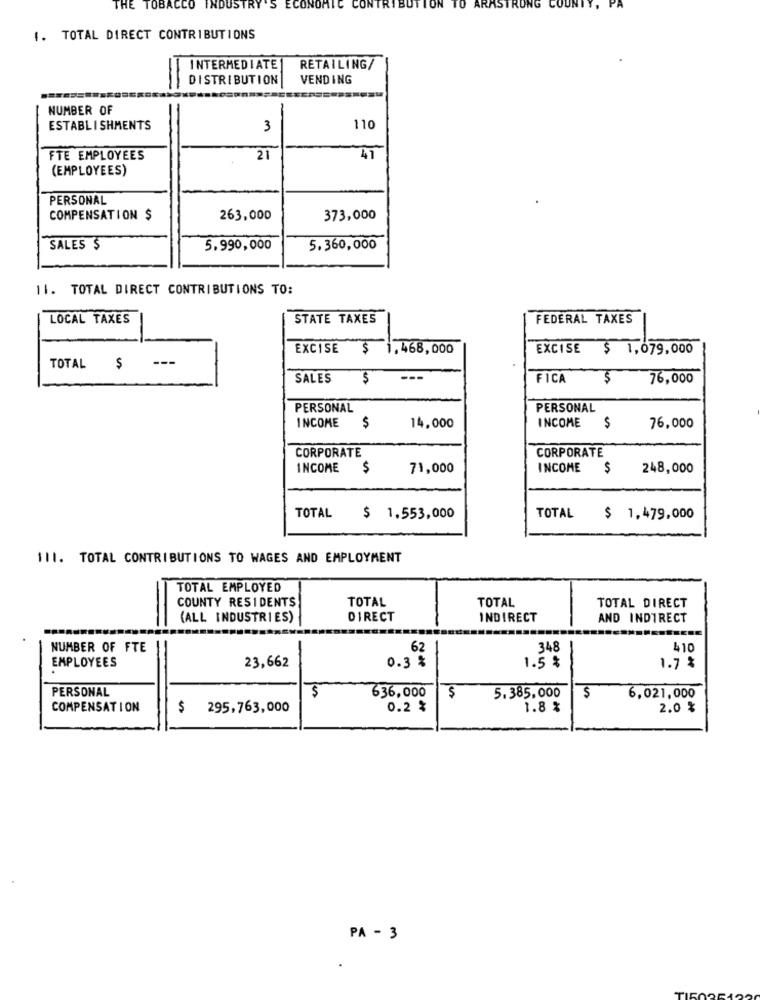
THE TOBACCO INDUSTRY 'S ECONOM
TRIBUT
ION
TO ARMSTRON
1. TOTAL DIRECT CONTRIBUTIONS
INTERMEDIATE
RETAILING/
DISTRIBUTION
VENDING
NUMBER OF
ESTABLISHMENTS
3
110
FTE EMPLOYEES
21
41
(EMPLOYEES)
PERSONAL
COMPENSATION $
263,000
373,000
SALES $
5.990,000
5.360,000
11. TOTAL DIRECT CONTRIBUTIONS TO:
LOCAL TAXES
STATE TAXES
FEDERAL TAXES
EXCISE
$ 1.468,000
EXCISE
$ 1,079,000
---
TOTAL
$
SALES
$
---
FICA
$
76,000
PERSONAL
PERSONAL
INCOME
INCOME
$
14,000
$
76,000
CORPORATE
CORPORATE
INCOME
$
71,000
INCOME
$
248,000
TOTAL
$ 1.553,000
TOTAL
$ 1,479,000
111. TOTAL CONTRIBUTIONS TO WAGES AND EMPLOYMENT
TOTAL EMPLOYED
COUNTY RESIDENTS
TOTAL
TOTAL
TOTAL DIRECT
(ALL INDUSTRIES)
DIRECT
INDIRECT
AND INDIRECT
NUMBER OF FTE
62
348
410
EMPLOYEES
23,662
0.3 %
1.5 %
1.7 %
PERSONAL
$
636,000
$
5.385,000
$
6,021,000
COMPENSATION
$295,763,000
0.2 %
1.8 %
2.0 %
PA - 3
.